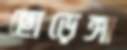
ছোড়েঙ্গা